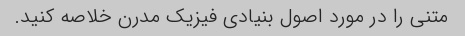
متنی را در مورد اصول بنیادی فیزیک مدرن خلاصه کنید.